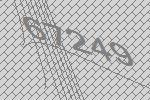
67249